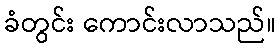
ခံတွင်း ကောင်းလာသည်။